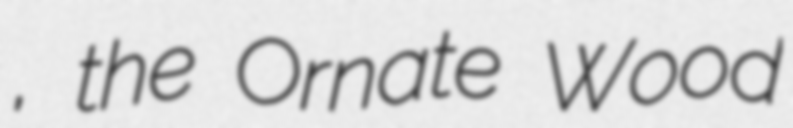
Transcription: , the Ornate Wood